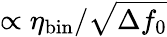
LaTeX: \propto\eta_{\mathrm{bin}}/\sqrt{\Delta f_{0}}